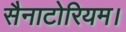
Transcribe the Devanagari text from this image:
सैनाटोरियम।